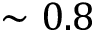
\sim 0 . 8